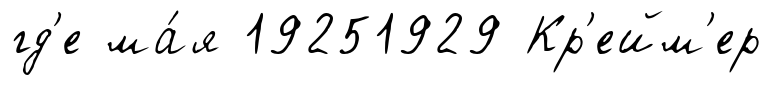
гд'е ма́я 19251929 Кр'ейм'ер